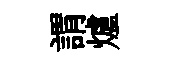
謂爐